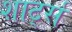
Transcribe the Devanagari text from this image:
शार्ट्स